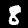
Label: 8